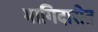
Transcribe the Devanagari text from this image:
भागिदारीत